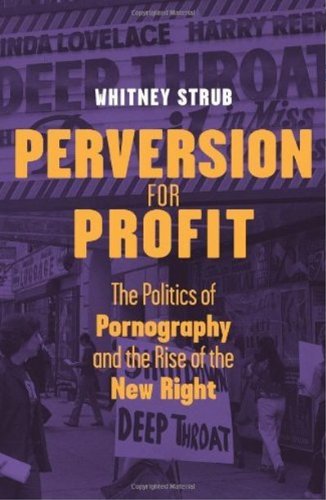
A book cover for Perversion for Profit: The Politics of Pornography and the Rise of the New Right; Whitney Strub; Gay & Lesbian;